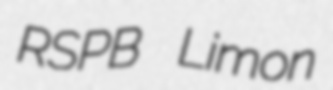
RSPB Limon